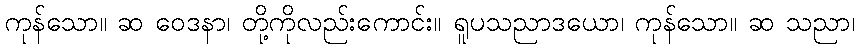
ကုန်သော။ ဆ ဝေဒနာ၊ တို့ကိုလည်းကောင်း။ ရူပသညာဒယော၊ ကုန်သော။ ဆ သညာ၊